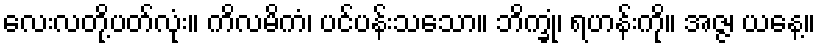
လေးလတို့ပတ်လုံး။ ကိလမိကံ၊ ပင်ပန်းသသော။ ဘိက္ခုံ၊ ရဟန်းကို။ အဇ္ဇ၊ ယနေ့။